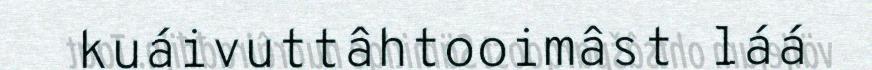
kuáivuttâhtooimâst láá